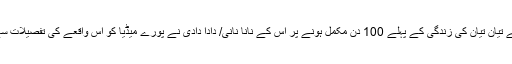
گزشتہ ہفتے تیان تیان کی زندگی کے پہلے 100 دن مکمل ہونے پر اس کے نانا نانی/ دادا دادی نے پورے میڈیا کو اس واقعے کی تفصیلات سے آگاہ کیا۔